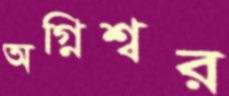
অগ্নিশ্বর